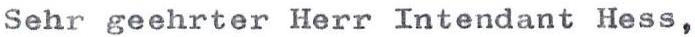
Sehr geehrter Herr Intendant Hess,